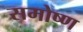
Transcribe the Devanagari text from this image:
समोष्ण